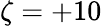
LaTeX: \zeta=+10